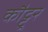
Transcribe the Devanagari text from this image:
कौट्टूर